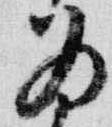
為